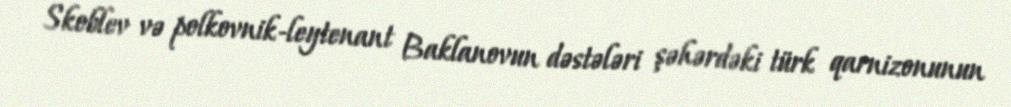
Skoblev və polkovnik-leytenant Baklanovun dəstələri şəhərdəki türk qarnizonunun